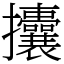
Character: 攮